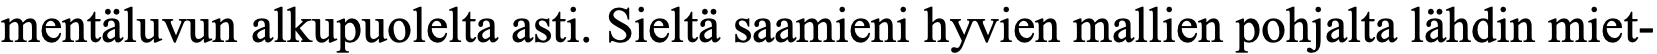
mentäluvun alkupuolelta asti. Sieltä saamieni hyvien mallien pohjalta lähdin miet-